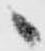
へ